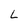
Character: L